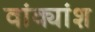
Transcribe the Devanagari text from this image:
वांक्यांश